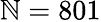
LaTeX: \mathbb{N}=801